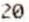
20